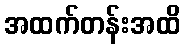
အထက်တန်းအထိ